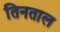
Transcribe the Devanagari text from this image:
तिनताल